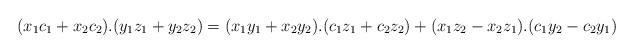
LaTeX: \begin{align*} (x_{1}c_{1}+x_{2}c_{2}).(y_{1}z_{1}+y_{2}z_{2})=(x_{1}y_{1}+x_{2}y_{2}).(c_{1}z_{1}+c_{2}z_{2})+(x_{1}z_{2}-x_{2}z_{1}).(c_{1}y_{2}-c_{2}y_{1})\end{align*}